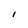
Character: l